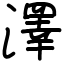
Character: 澤